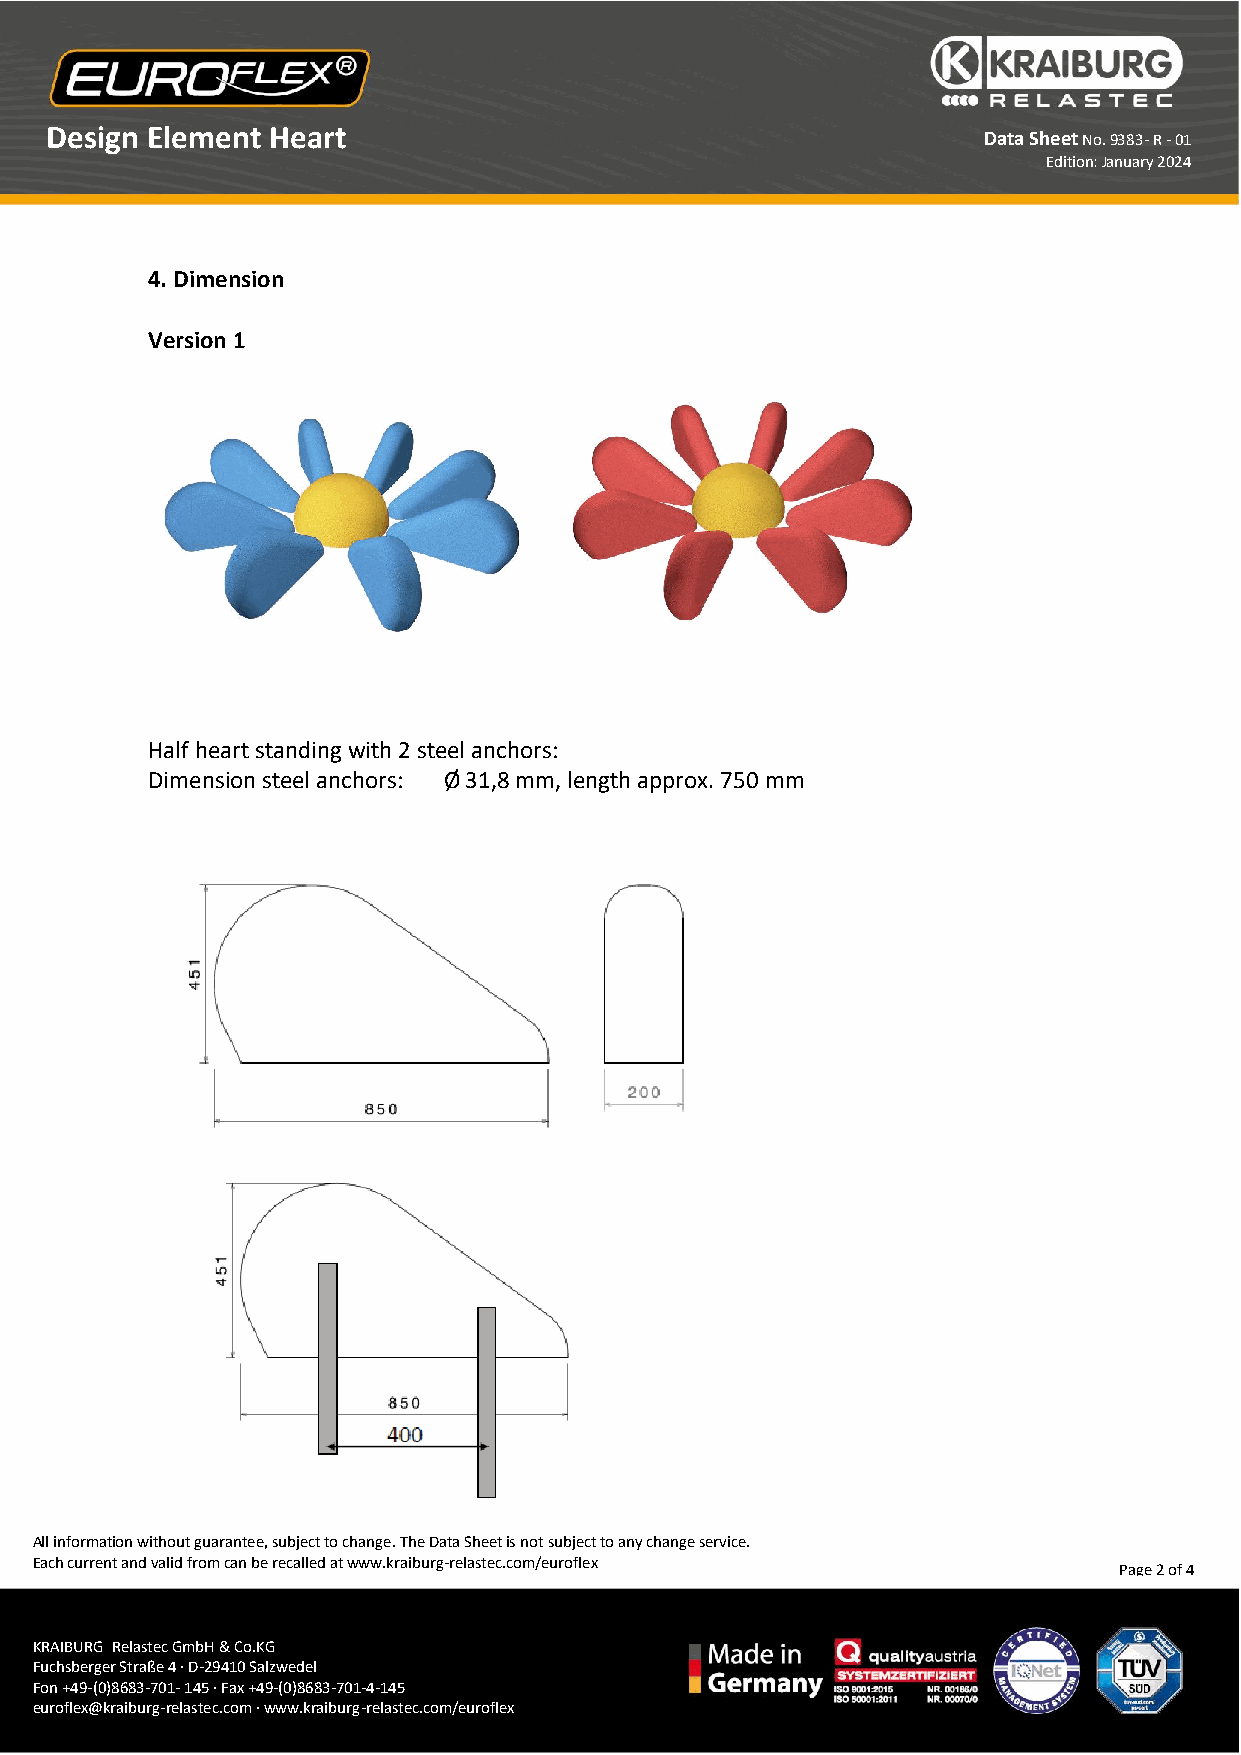
Design Element Heart
 Data Sheet No. 9383- R - 01
 Edition: January 2024
 4. Dimension
 Version 1
 Half heart standing with 2 steel anchors:
 Dimension steel anchors: Ø 31,8 mm, length approx. 750 mm
 All information without guarantee, subject to change. The Data Sheet is not subject to any change service.
 Each current and valid from can be recalled at www.kraiburg-relastec.com/euroflex
 Page 2 of 4
 KRAIBURG Relastec GmbH & Co.KG
 Fuchsberger Straße 4 · D-29410 Salzwedel
 Fon +49-(0)8683- 701- 145 · Fax +49-(0)8683-701-4-145
 euroflex@kraiburg-relastec.com · www.kraiburg-relastec.com/euroflex